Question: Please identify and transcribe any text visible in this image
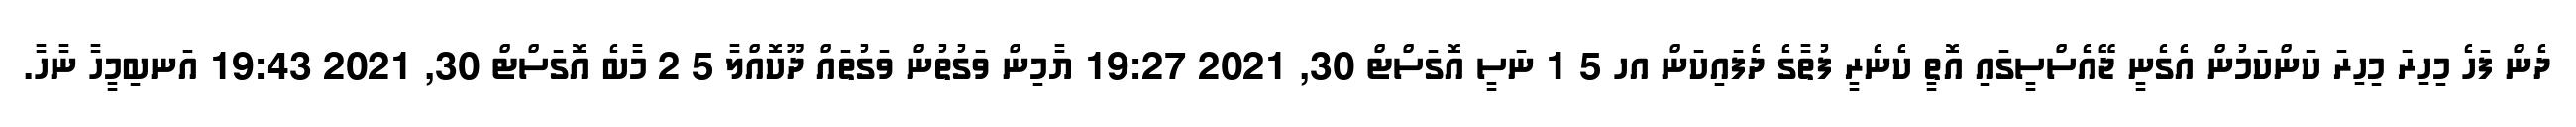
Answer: ދެން ފަހެ މިހިރަ މިހިރަ ކަންކަމުން އެގެނީ ޖޭއެސްސީގައި އޮތީ ކެނެރީ ފުތާގެ ދެފައިކަން އހ 5 1 ނަސީ އޮގަސްޓް 30, 2021 19:27 ޔާމިން ވަގުތުން ވަގުތައް ދޫކޮއްލާ 5 2 މާބެ އޮގަސްޓް 30, 2021 19:43 އަނބިމީހާ ނާހާ.